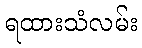
ရထားသံလမ်း